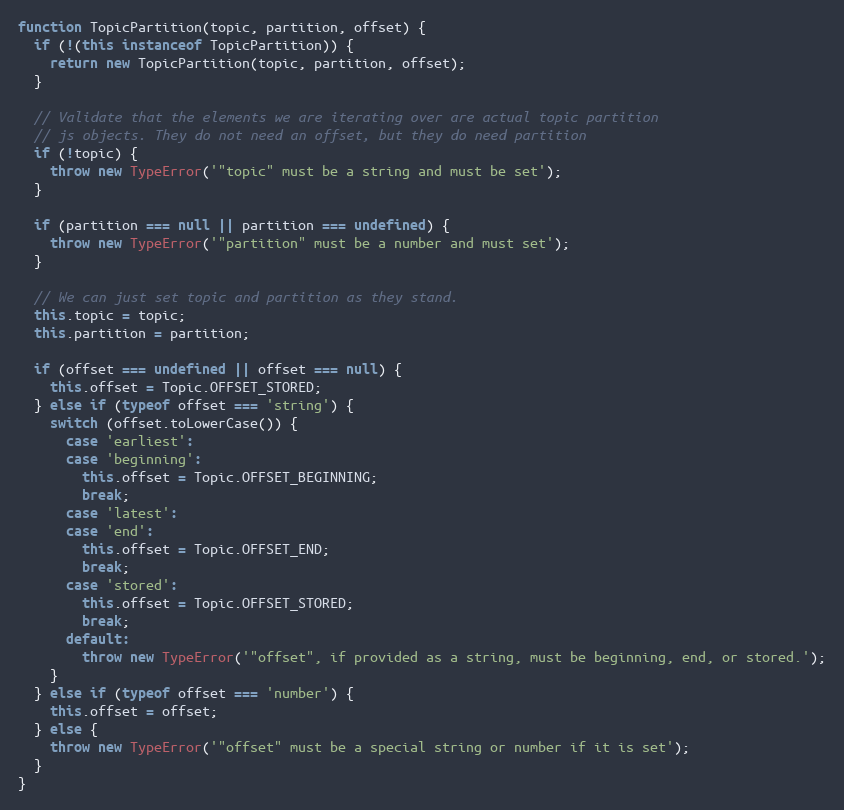
Language: JavaScript
function TopicPartition(topic, partition, offset) {
  if (!(this instanceof TopicPartition)) {
    return new TopicPartition(topic, partition, offset);
  }

  // Validate that the elements we are iterating over are actual topic partition
  // js objects. They do not need an offset, but they do need partition
  if (!topic) {
    throw new TypeError('"topic" must be a string and must be set');
  }

  if (partition === null || partition === undefined) {
    throw new TypeError('"partition" must be a number and must set');
  }

  // We can just set topic and partition as they stand.
  this.topic = topic;
  this.partition = partition;

  if (offset === undefined || offset === null) {
    this.offset = Topic.OFFSET_STORED;
  } else if (typeof offset === 'string') {
    switch (offset.toLowerCase()) {
      case 'earliest':
      case 'beginning':
        this.offset = Topic.OFFSET_BEGINNING;
        break;
      case 'latest':
      case 'end':
        this.offset = Topic.OFFSET_END;
        break;
      case 'stored':
        this.offset = Topic.OFFSET_STORED;
        break;
      default:
        throw new TypeError('"offset", if provided as a string, must be beginning, end, or stored.');
    }
  } else if (typeof offset === 'number') {
    this.offset = offset;
  } else {
    throw new TypeError('"offset" must be a special string or number if it is set');
  }
}